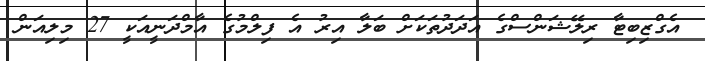
އެގްޒިބިޓާ ރިލޭޝަންސްގެ އަދަދުތަކަށް ބަލާ އިރު އެ ފިލްމުގެ އާމްދަނީއަކީ 27 މިލިއަން